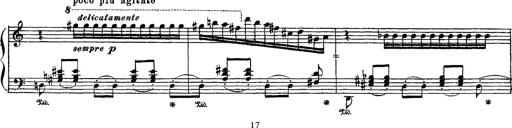
Title: Apparitions
Composer: Franz Liszt